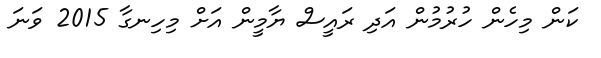
ކަން މިހެން ހުރުމުން އަދި ރައީސް ޔާމީން އަށް މިހިނގާ 2015 ވަނަ